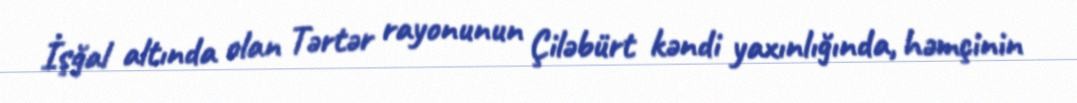
İşğal altında olan Tərtər rayonunun Çiləbürt kəndi yaxınlığında, həmçinin